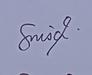
Signature authenticity: genuine